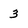
Character: 3